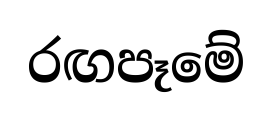
රඟපෑමේ